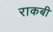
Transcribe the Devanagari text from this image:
राकबी